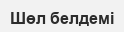
Шөл белдемі